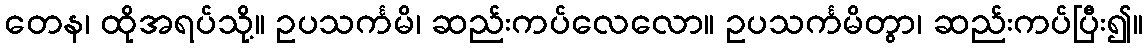
တေန၊ ထိုအရပ်သို့။ ဥပသင်္ကမိ၊ ဆည်းကပ်လေလော။ ဥပသင်္ကမိတွာ၊ ဆည်းကပ်ပြီး၍။